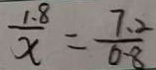
\frac { 1 . 8 } { x } = \frac { 7 . 2 } { 0 . 8 }